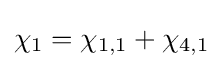
\chi _{1}=\chi _{1,1}+\chi _{4,1}